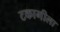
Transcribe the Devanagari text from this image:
टकागीला